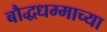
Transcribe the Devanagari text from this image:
बौद्धधम्माच्या